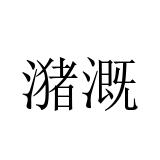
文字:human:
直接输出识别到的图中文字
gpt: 潴溉